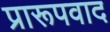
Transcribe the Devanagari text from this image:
प्रारूपवाद